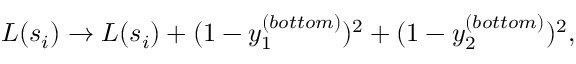
L ( s _ { i } ) \to L ( s _ { i } ) + ( 1 - y _ { 1 } ^ { ( b o t t o m ) } ) ^ { 2 } + ( 1 - y _ { 2 } ^ { ( b o t t o m ) } ) ^ { 2 } ,